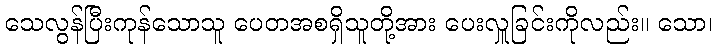
သေလွန်ပြီးကုန်သောသူ ပေတအစရှိသူတို့အား ပေးလှူခြင်းကိုလည်း။ သော၊